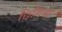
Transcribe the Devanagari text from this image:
छिगिस